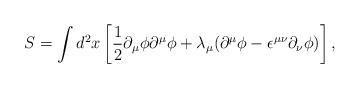
LaTeX: \begin{align*}S=\int d^{2}x\left[{\frac 1 2}{\partial}_{\mu}{\phi}{\partial}^{\mu}{\phi}+{\lambda}_{\mu}({\partial}^{\mu}{\phi}-{\epsilon}^{{\mu}{\nu}}{\partial}_{\nu}{\phi})\right],\end{align*}